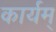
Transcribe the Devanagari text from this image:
कार्यम्